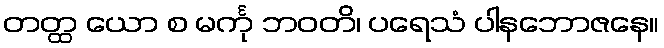
တတ္ထ ယော စ မင်္ကု ဘဝတိ၊ ပရေသံ ပါနဘောဇနေ။